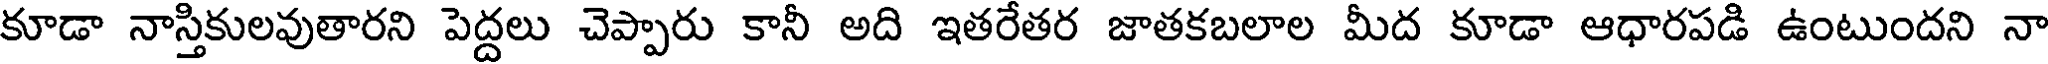
కూడా నాస్తికులవుతారని పెద్దలు చెప్పారు కానీ అది ఇతరేతర జాతకబలాల మీద కూడా ఆధారపడి ఉంటుందని నా